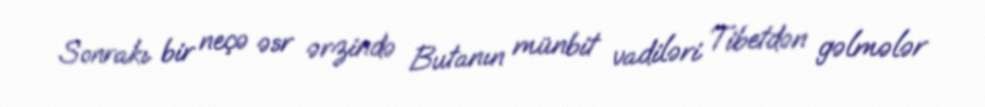
Sonrakı bir neçə əsr ərzində Butanın münbit vadiləri Tibetdən gəlmələr